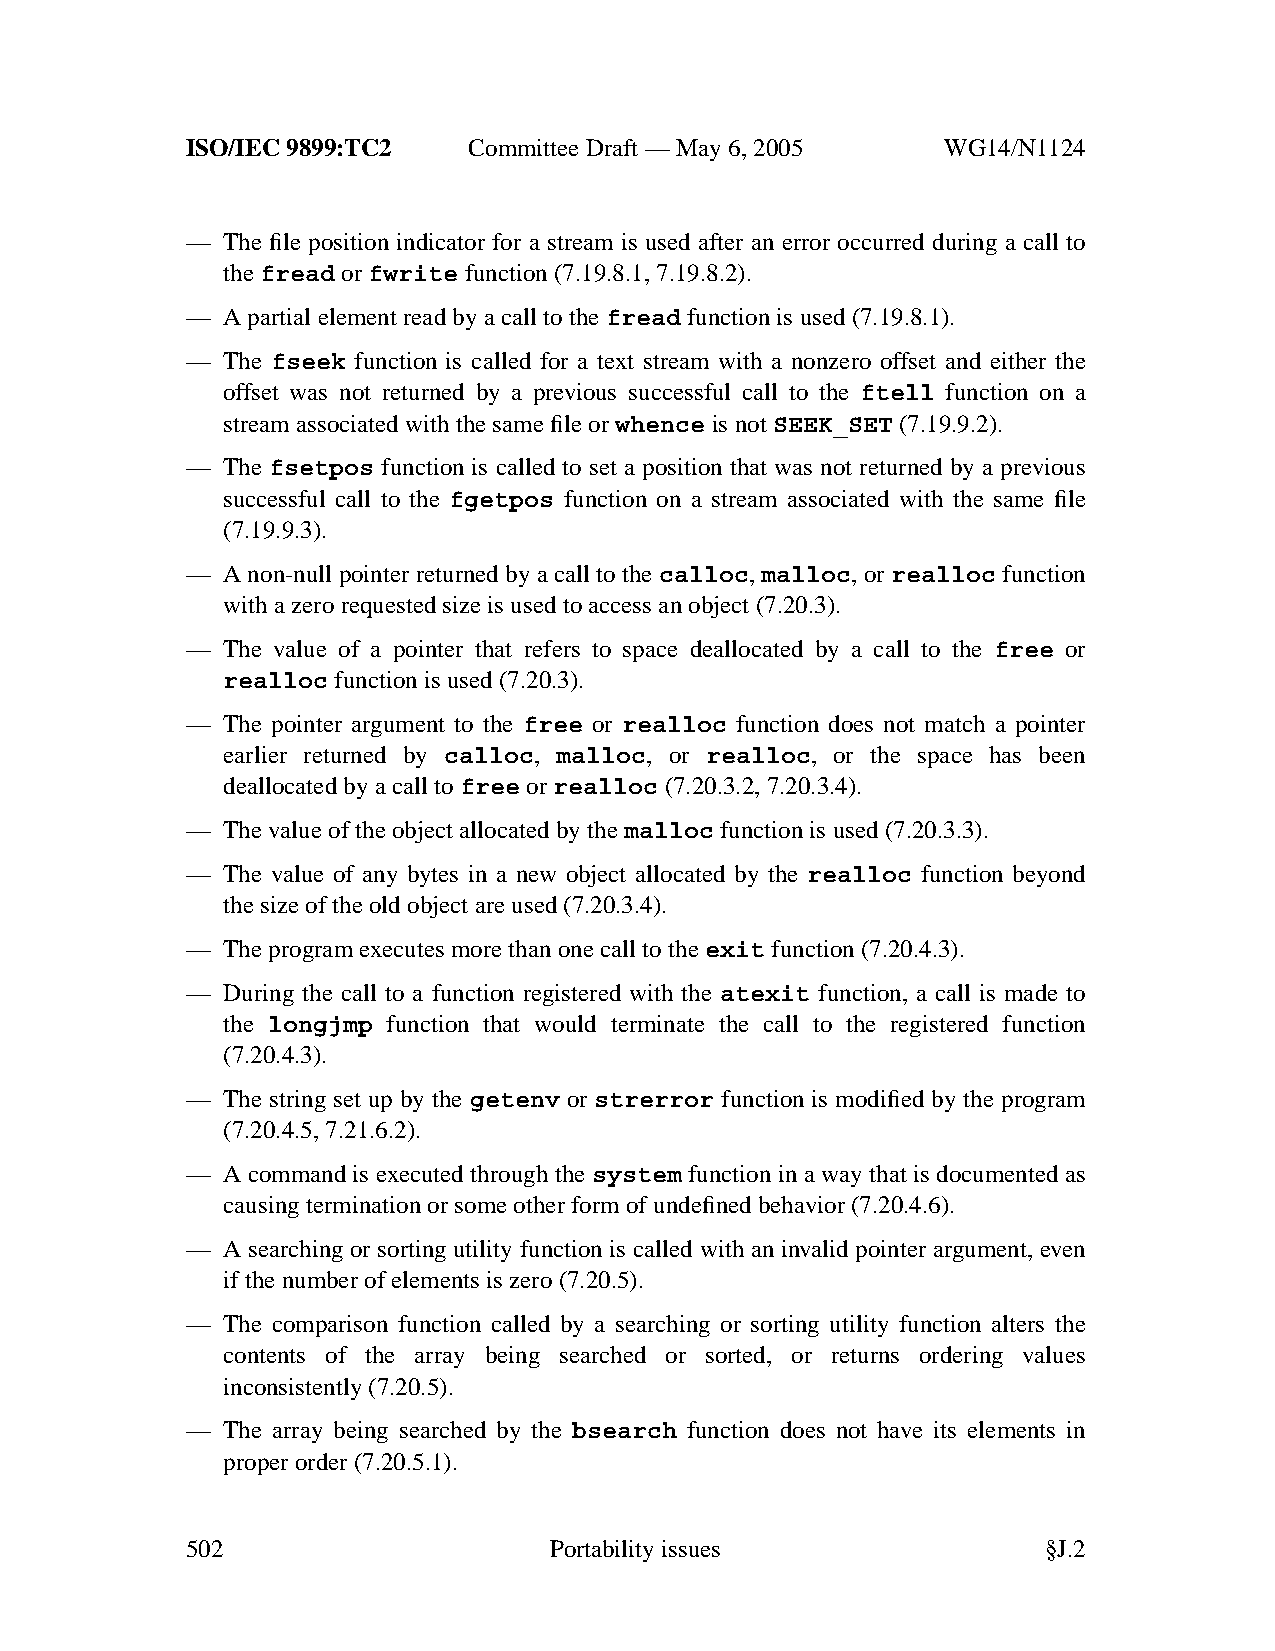
ISO/IEC 9899:TC2   Committee Draft — May 6, 2005   WG14/N1124
 —  The file position indicator for a stream is used after an error occurred during a call to
 thefread orfwrite function (7.19.8.1, 7.19.8.2).
 —  Apartial element read by a call to thefread function is used (7.19.8.1).
 —  The fseek function is called for a text stream with a nonzero offset and either the
 offset was not returned by a previous successful call to the ftell function on a
 stream associated with the same file orwhence is not SEEK_SET (7.19.9.2).
 —  The fsetpos function is called to set a position that was not returned by a previous
 successful call to the fgetpos function on a stream associated with the same file
 (7.19.9.3).
 —  A non-null pointer returned by a call to the calloc, malloc, or realloc function
 with a zero requested size is used to access an object (7.20.3).
 —  The value of a pointer that refers to space deallocated by a call to the free or
 realloc function is used (7.20.3).
 —  The pointer argument to the free or realloc function does not match a pointer
 earlier returned by calloc, malloc, or realloc, or the space has been
 deallocated by a call tofree orrealloc (7.20.3.2, 7.20.3.4).
 —  The value of the object allocated by the malloc function is used (7.20.3.3).
 —  The value of any bytes in a new object allocated by the realloc function beyond
 the size of the old object are used (7.20.3.4).
 —  The program executes more than one call to the exit function (7.20.4.3).
 —  During the call to a function registered with the atexit function, a call is made to
 the longjmp function that would terminate the call to the registered function
 (7.20.4.3).
 —  The string set up by the getenv or strerror function is modified by the program
 (7.20.4.5, 7.21.6.2).
 —  A command is executed through the system function in a way that is documented as
 causing termination or some other form of undefined behavior (7.20.4.6).
 —  A searching or sorting utility function is called with an invalid pointer argument, even
 if the number of elements is zero (7.20.5).
 —  The comparison function called by a searching or sorting utility function alters the
 contents of the array being searched or sorted, or returns ordering values
 inconsistently (7.20.5).
 —  The array being searched by the bsearch function does not have its elements in
 proper order (7.20.5.1).
 502                     Portabilityissues                §J.2